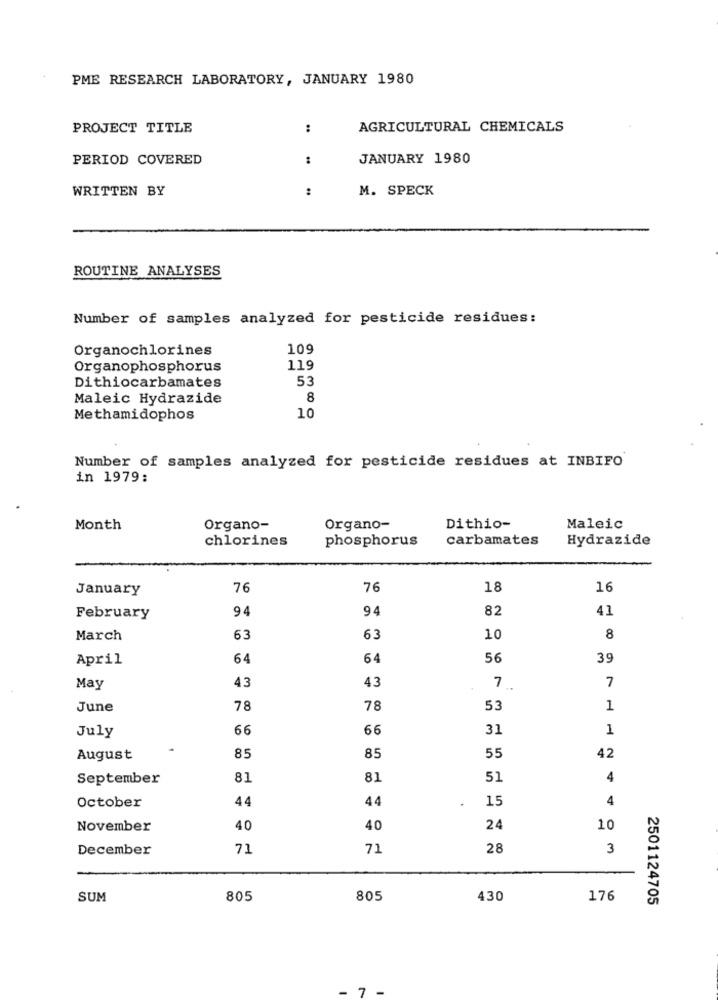
PME RESEARCH LABORATORY, JANUARY 1980
PROJECT TITLE
:
AGRICULTURAL CHEMICALS
PERIOD COVERED
..
JANUARY 1980
WRITTEN BY
..
M. SPECK
ROUTINE ANALYSES
Number of samples analyzed for pesticide residues:
Organochlorines
109
Organophosphorus
119
53
Dithiocarbamates
Maleic Hydrazide
8
Methamidophos
10
Number of samples analyzed for pesticide residues at INBIFO
in 1979:
Month
Organo-
Organo-
Dithio-
Maleic
chlorines
phosphorus
carbamates
Hydrazide
January
76
76
18
16
94
94
82
41
February
March
63
63
10
8
April
64
64
56
39
43
43
7
May
7.
June
78
78
53
1
66
66
31
1
July
August
85
85
55
42
September
81
81
51
4
44
44
15
4
October
November
40
40
24
10
December
71
71
28
3
SUM
805
805
430
176
2501124705